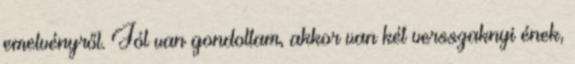
emelvényről. Jól van gondoltam, akkor van két versszaknyi ének,